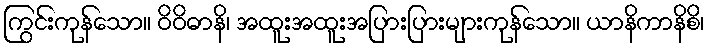
ကြွင်းကုန်သော။ ဝိဝိဓာနိ၊ အထူးအထူးအပြားပြားများကုန်သော။ ယာနိကာနိစိ၊